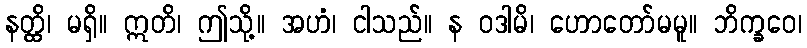
နတ္ထိ၊ မရှိ။ ဣတိ၊ ဤသို့။ အဟံ၊ ငါသည်။ န ဝဒါမိ၊ ဟောတော်မမူ။ ဘိက္ခဝေ၊